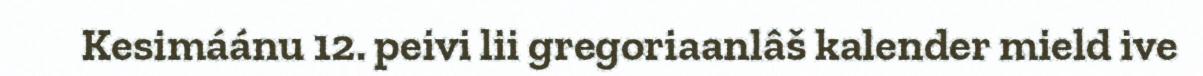
Kesimáánu 12. peivi lii gregoriaanlâš kalender mield ive